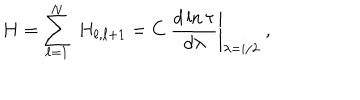
H = \sum _ { \ell = 1 } ^ { N } \ H _ { \ell , \ell + 1 } = \left. C \ \frac { d \ln \tau } { d \lambda } \right| _ { \lambda = i / 2 } \ ,